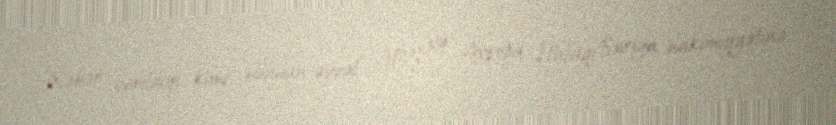
Xəbər verildiyi kimi, bundan əvvəl ABŞ və Avropa İttifaqı Suriya hakimiyyətinə